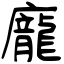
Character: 龐